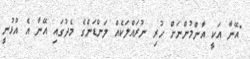
"އޭނާ އަކީ އާންމުންނަށް ހުރި ނުރައްލަކެއް ލަންޑަންގެ މެދުގައި އޭނާ އެ އުޅުނީ